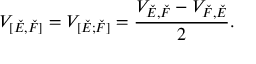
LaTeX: V _ { [ \check { E } , \check { F } ] } = V _ { [ \check { E } ; \check { F } ] } = \frac { V _ { \check { E } , \check { F } } - V _ { \check { F } , \check { E } } } { 2 } .